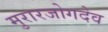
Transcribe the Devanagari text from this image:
मुरारजोगदेव